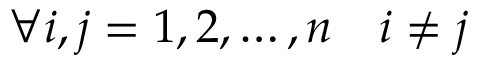
\forall i , j = 1 , 2 , \ldots , n \quad i \neq j